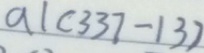
a \vert ( 3 3 7 - 1 3 )